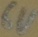
Text: 6V